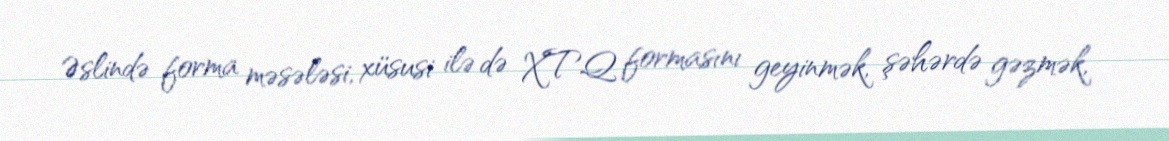
Əslində forma məsələsi, xüsusi ilə də XTQ formasını geyinmək, şəhərdə gəzmək,